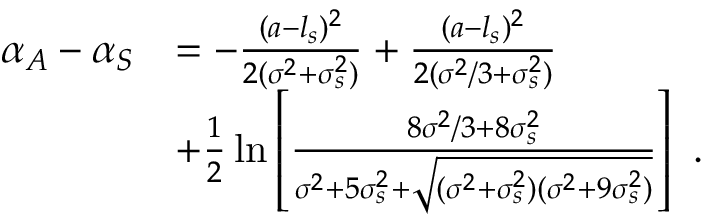
\begin{array} { r l } { \alpha _ { A } - \alpha _ { S } } & { = - \frac { ( a - l _ { s } ) ^ { 2 } } { 2 ( \sigma ^ { 2 } + \sigma _ { s } ^ { 2 } ) } + \frac { ( a - l _ { s } ) ^ { 2 } } { 2 ( \sigma ^ { 2 } / 3 + \sigma _ { s } ^ { 2 } ) } } \\ & { + \frac { 1 } { 2 } \ln \left[ \frac { 8 \sigma ^ { 2 } / 3 + 8 \sigma _ { s } ^ { 2 } } { \sigma ^ { 2 } + 5 \sigma _ { s } ^ { 2 } + \sqrt { ( \sigma ^ { 2 } + \sigma _ { s } ^ { 2 } ) ( \sigma ^ { 2 } + 9 \sigma _ { s } ^ { 2 } ) } } \right] \ . } \end{array}